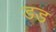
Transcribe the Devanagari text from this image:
डड